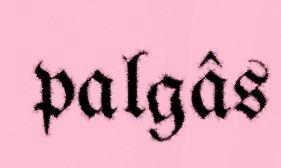
palgâs